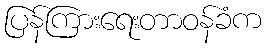
ပြန်ကြားရေးတာဝန်ခံက